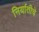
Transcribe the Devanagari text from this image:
निर्यातीचे